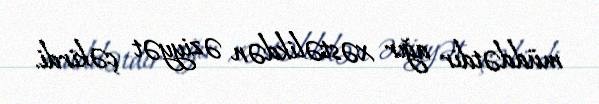
müddətdir ağır xəstəlikdən əziyyət çəkirdi.